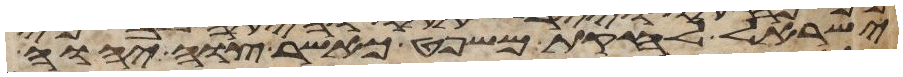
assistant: ישראל לחקת משפט כאשר צוה יהוה